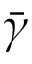
\bar { \gamma }